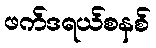
ဖက်ဒရယ်စနစ်